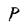
Character: P